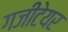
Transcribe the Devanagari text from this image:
गजीटेयर